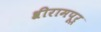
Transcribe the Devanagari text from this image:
श्रीरामपूर्